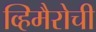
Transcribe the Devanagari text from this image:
व्हिमैरोची